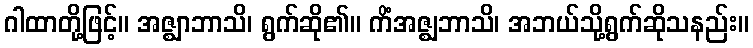
ဂါထာတို့ဖြင့်။ အဇ္ဈာဘာသိ၊ ရွက်ဆို၏။ ကိံအဇ္ဈဘာသိ၊ အဘယ်သို့ရွက်ဆိုသနည်း။